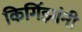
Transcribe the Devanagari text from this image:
किर्गिझांनी